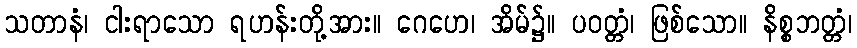
သတာနံ၊ ငါးရာသော ရဟန်းတို့အား။ ဂေဟေ၊ အိမ်၌။ ပဝတ္တံ၊ ဖြစ်သော။ နိစ္စဘတ္တံ၊